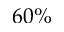
6 0 \%